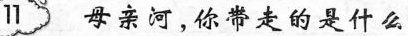
11 母亲河，你带走的是什么